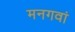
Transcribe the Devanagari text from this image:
मनगवां